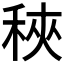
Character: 𥞵